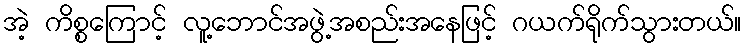
အဲ့ ကိစ္စကြောင့် လူ့ဘောင်အဖွဲ့အစည်းအနေဖြင့် ဂယက်ရိုက်သွားတယ်။